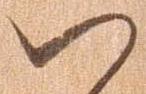
ハ